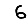
Digit: 6